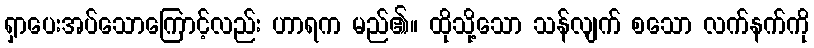
ရှာပေးအပ်သောကြောင့်လည်း ဟာရက မည်၏။ ထိုသို့သော သန်လျက် စသော လက်နက်ကို